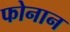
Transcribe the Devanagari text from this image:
फोनान